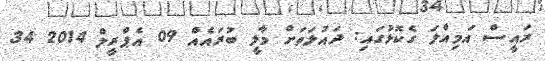
ރައީސް އަމިއްލަ ގެކޮޅުގައި: ދައުލަތަށް މާލީ ބުރައެއް 09 އެޕްރީލް 2014 34